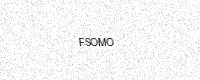
Text: FSOMO